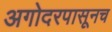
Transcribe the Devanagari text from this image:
अगोदरपासूनच